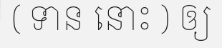
( ទាន នោះ ) ឲ្យ